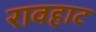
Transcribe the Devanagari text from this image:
रावहाट